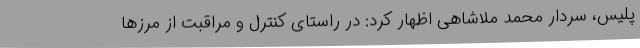
پلیس، سردار محمد ملاشاهی اظهار کرد: در راستای کنترل و مراقبت از مرزها